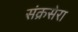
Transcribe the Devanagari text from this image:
संक्रसेरा